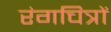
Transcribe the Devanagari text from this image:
रंगचित्रों